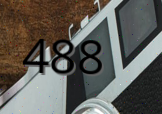
488